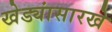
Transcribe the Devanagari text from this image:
खेड्यांसारखे